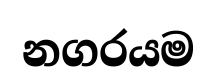
නගරයම